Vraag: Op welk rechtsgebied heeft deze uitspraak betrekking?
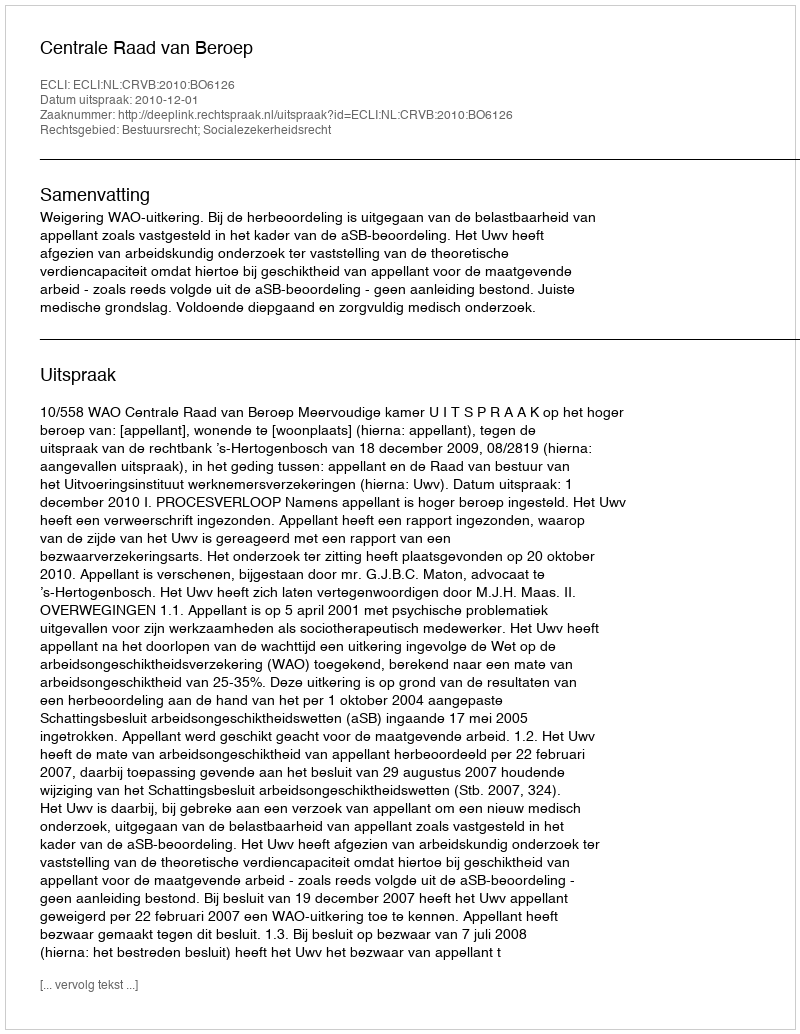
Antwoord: Bestuursrecht; Socialezekerheidsrecht